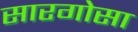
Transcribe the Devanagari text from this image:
सारगोसा